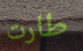
طارت